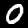
Digit: 0